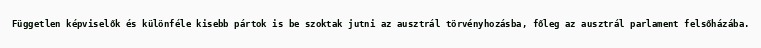
Független képviselők és különféle kisebb pártok is be szoktak jutni az ausztrál törvényhozásba, főleg az ausztrál parlament felsőházába.